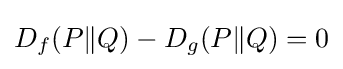
D_{f}(P\|Q)-D_{g}(P\|Q)=0